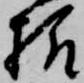
様